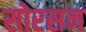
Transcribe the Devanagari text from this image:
सोरसन